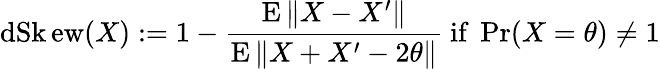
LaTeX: \operatorname{dSk\mathrm{e}w}(X):=1-{\frac{{\operatorname{E}\| X-X^{\prime}\| }}{{\operatorname{E}\| X+X^{\prime}-2\theta\| }}}{\mathrm{{~if~}}}\operatorname*{Pr}(X=\theta)\neq1